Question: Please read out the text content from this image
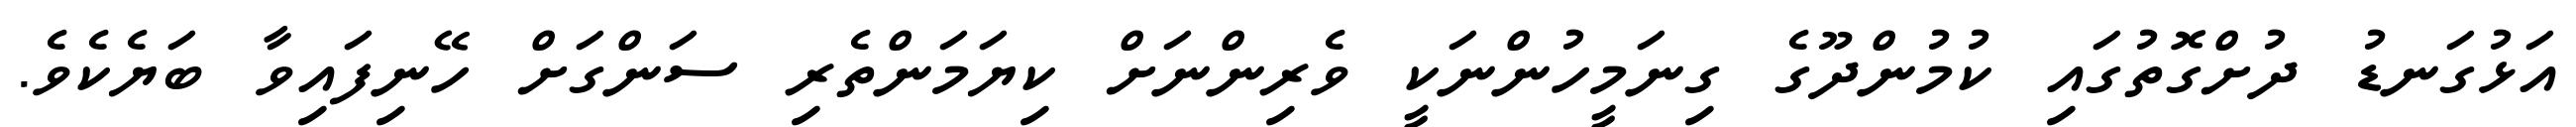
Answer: އަޅުގަނޑު ދުށްގޮތުގައި ކުމުންދޫގެ ގިނަމީހުންނަކީ ވެރިންނަށް ކިޔަމަންތެރި ސަންގަށް ހޭނިފައިވާ ބަޔެކެވެ.